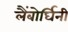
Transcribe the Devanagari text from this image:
लैंबोर्घिनी